system: You are a helpful assistant.
user:
Analyze the provided spectrum to determine if it is a **"Cataclysmic Variables (CV)"**.

- **Key Indicators for CV (Check for either state):**
    - **State 1: Quiescent / Low-State (Emission-Dominated)**
        - **(Primary):** Strong and *very broad* Hydrogen Balmer emission lines (e.g., $H\alpha$ at 6563 Å, $H\beta$ at 4861 Å). The 'broadness' (high velocity dispersion, often FWHM > 1000 km/s) is the key diagnostic, indicating a high-velocity accretion disk.
        - **(Secondary):** Broad neutral Helium (He I) emission lines (e.g., 5876 Å, 6678 Å).
        - **(Key Confirmation):** Presence of high-excitation *ionized* Helium (He II) emission at 4686 Å. This is a strong indicator of accretion onto a white dwarf.
        - **(Line Profile):** Emission lines may exhibit a 'double-peaked' profile, which is a classic signature of a rotating accretion disk viewed at high inclination.

    - **State 2: Outburst / High-State (Absorption-Dominated)**
        - **(Primary):** Spectrum is dominated by a bright, blue continuum (looks like a hot star).
        - **(Secondary):** The emission lines from State 1 are weak, absent, or 'filled in', and are replaced by broad, shallow *absorption* lines (primarily Balmer and He I).
        - **(Morphology):** The overall spectrum mimics a hot B/A-type star. The crucial difference is that the absorption lines are significantly broader, shallower, and more 'washed-out' (or 'smeared') than the sharp lines of a normal stellar photosphere, due to high rotational speeds and pressure broadening in the disk.

Think first, call **spectral_visualization_tool** if needed to examine features in detail, then provide your final answer. Your response must adhere to the following strict rules:
1.  **Overall Structure:** Your response must follow the format `<think>...</think> <tool_call>...</tool_call> (if a tool is used) <answer>...</answer>`.
2.  **Tool Usage Constraint:** You may only make **one** tool call per turn.
3.  **Final Answer Format:** In the `<answer>` tag, your conclusion must be inside a `\boxed{}` command (e.g., `\boxed{YES}`), followed by your justification.

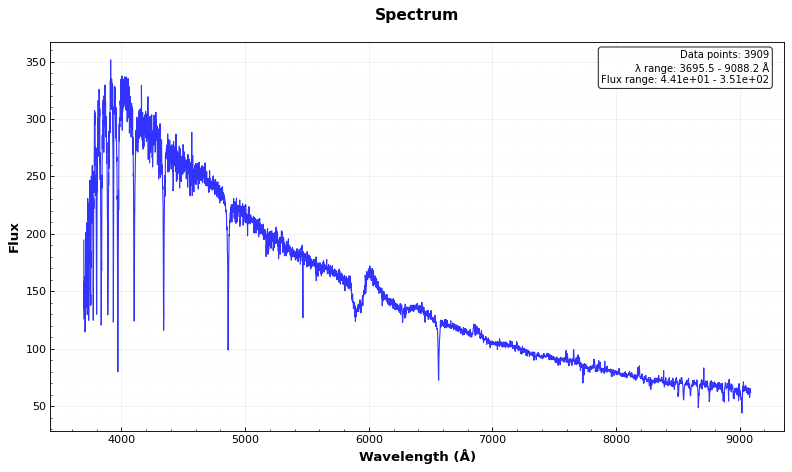
Answer: NO